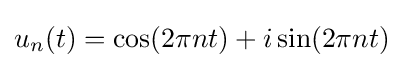
u_{n}(t)=\cos(2\pi nt)+i\sin(2\pi nt)